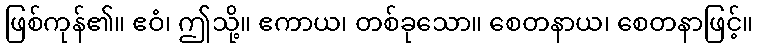
ဖြစ်ကုန်၏။ ဧဝံ၊ ဤသို့။ ဧကာယ၊ တစ်ခုသော။ စေတနာယ၊ စေတနာဖြင့်။